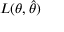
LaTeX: L ( \theta , { \widehat { \theta } } )